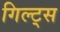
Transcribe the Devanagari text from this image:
गिल्ट्स